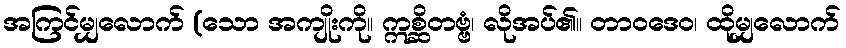
အကြင်မျှလောက် (သော အကျိုးကို။ ဣစ္ဆိတဗ္ဗံ၊ လိုအပ်၏။ တာဝဒေဝ၊ ထိုမျှလောက်